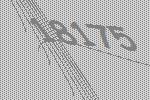
18175